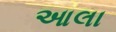
આલા